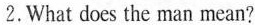
2. What does the man mean?